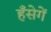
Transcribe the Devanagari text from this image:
हँसेगें